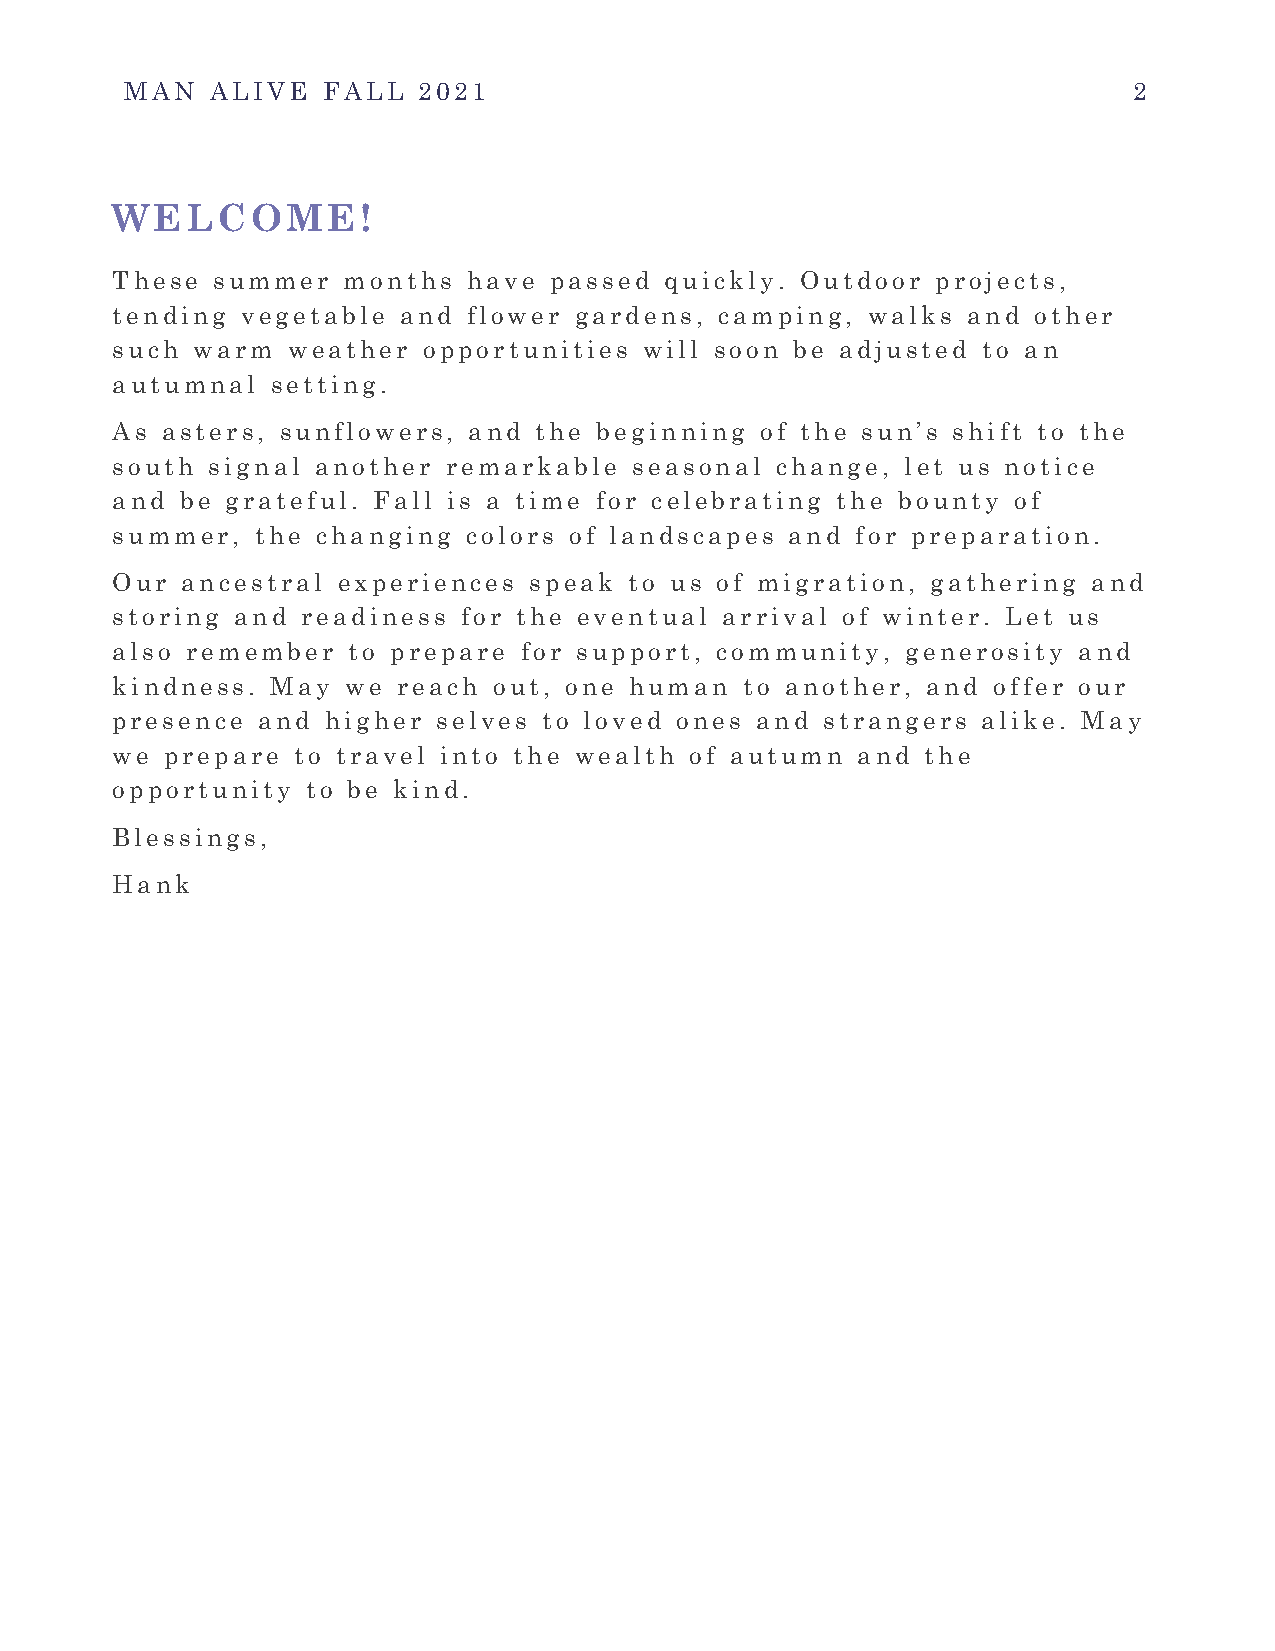
MAN   ALIVE  FALL   2021                                           2
 WELCOME!
 These  summer   months  have passed  quickly. Outdoor  projects,
 tending  vegetable and  flower gardens,  camping, walks  and other
 such  warm  weather  opportunities  will soon be adjusted to an
 autumnal   setting.
 As  asters, sunflowers, and the  beginning of the sun’s shift to the
 south  signal another remarkable   seasonal change,  let us notice
 and  be grateful. Fall is a time for celebrating the bounty of
 summer,   the changing  colors of landscapes and  for preparation.
 Our  ancestral experiences  speak  to us of migration, gathering and
 storing  and readiness  for the eventual arrival of winter. Let us
 also remember   to prepare for support, community,   generosity and
 kindness.  May  we reach  out, one human  to another, and  offer our
 presence  and  higher selves to loved ones and  strangers alike. May
 we  prepare to travel into the wealth  of autumn  and the
 opportunity  to be kind.
 Blessings,
 Hank